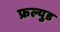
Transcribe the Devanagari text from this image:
फ्रल्युड